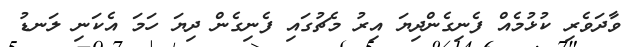
ވާދަވެރި ކުޅުމެއް ފެނިގެންދިޔަ އިރު މެޗުގައި ފެނިގެން ދިޔަ ހަމަ އެކަނި ލަނޑު